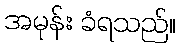
အမုန်း ခံရသည်။